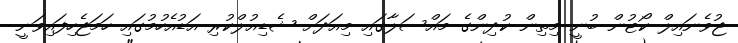
ޖުވެނައިލް ކޯޓުން ބުނީ މިތިން ކުދިންގެ މައްސަލާގައި މިއަދަށް ޝެޑިއުލްކުރި އަޑުއެހުމުގައި ހަމަޖެހިފައިވަނީ